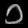
Digit: ၁